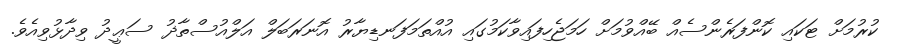
ކުރުމަށް ޓަކައި ކޮންފަރެންސެއް ބޭއްވުމަށް ހަމަޖެހިފައިވާކަމުގައި އުއްތަމަފަނޑިޔާރު އޮނަރަބަލް އަލްއުސްތާޛު ސަޢީދު ވިދާޅުވިއެވެ.